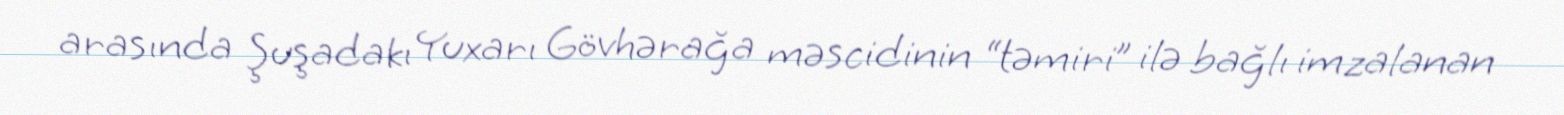
arasında Şuşadakı Yuxarı Gövhərağa məscidinin “təmiri” ilə bağlı imzalanan